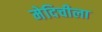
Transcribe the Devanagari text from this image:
मेदिचीला